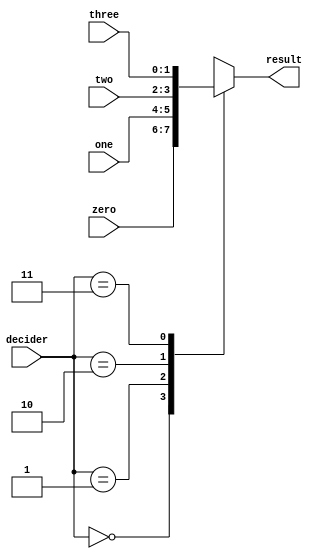
//2bit-multiplexer 4 to 1
module twoBitMultiplexer4to1(zero, one, two, three, decider, result);
  input [1:0] zero;
  input [1:0] one;
  input [1:0] two;
  input [1:0] three;
  output reg [1:0] result; 
  input [1:0] decider;

  always @(*) begin
    case (decider)
      2'b00: result = zero;
      2'b01: result = one;
      2'b10: result = two;
      2'b11: result = three;
      default: ;
    endcase
  end
endmodule